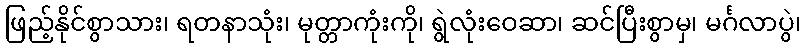
ဖြည့်နိုင်စွာသား၊ ရတနာသုံး၊ မုတ္တာကုံးကို၊ ရွဲလုံးဝေဆာ၊ ဆင်ပြီးစွာမှ၊ မင်္ဂလာပွဲ၊